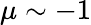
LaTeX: \mu\sim-1